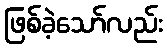
ဖြစ်ခဲ့သော်လည်း